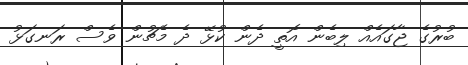
ބުރުގެ ޖާގައެއް ލިބެން އޮތީ ދެން ކުޅޭ ދެ މެޗުން ވެސް ރަނގަޅު